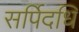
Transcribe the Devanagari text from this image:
सर्पिदधि